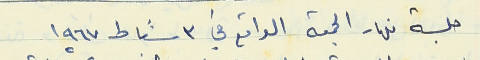
جلسة نهار الجمعة الواقع في ٣ شباط ١٩٦٧